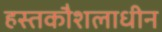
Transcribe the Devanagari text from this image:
हस्तकौशलाधीन